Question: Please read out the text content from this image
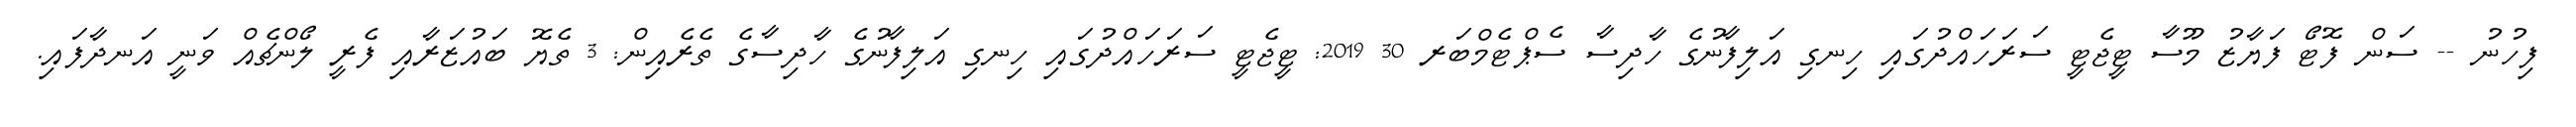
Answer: ފިހުނު -- ސަން ފޮޓޯ ފަޔާޒު މޫސާ ޓީޖެޓީ ސަރަހައްދުގައި ހިނގި އަލިފާނުގެ ހާދިސާ ސެޕްޓެމްބަރ 30 2019: ޓީޖެޓީ ސަރަހައްދުގައި ހިނގި އަލިފާނުގެ ހާދިސާގެ ތެރެއިން: 3 ތެޔޮ ބައުޒަރާއި ފެރީ ލޯންޗެއް ވަނީ އަނދާފައި.